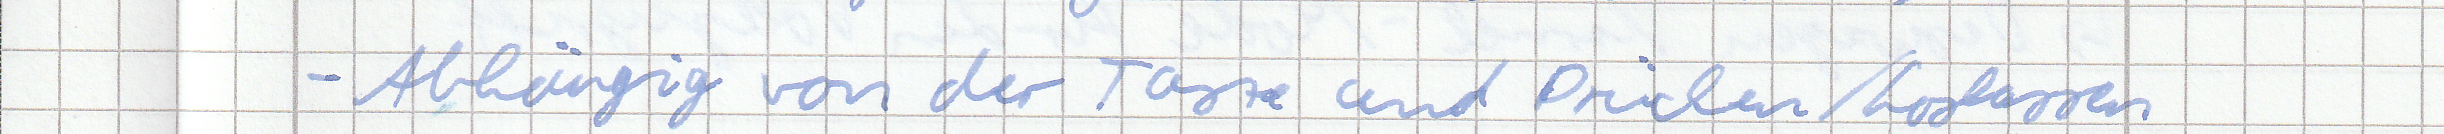
- Abhängig von der Taste und Drücken / Loslassen